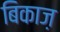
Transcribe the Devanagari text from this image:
बिकाज़